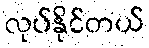
လုပ်နိုင်တယ်